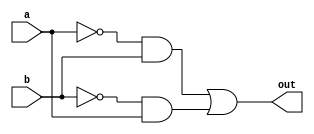
module myxor (out, a, b);
    input a, b;
    output out;
    wire not_a, not_b;
    wire tmp1, tmp2;

    // build not gate
    not not0(not_a, a);
    not not1(not_b, b);

    // use not gate with and gate
    and and0(tmp1, not_a, b);
    and and1(tmp2, not_b, a);

    // combine tmp1 and tmp2 with or gate
    or or0(out, tmp1, tmp2);
endmodule